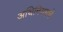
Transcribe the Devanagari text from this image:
अधिनियमचे